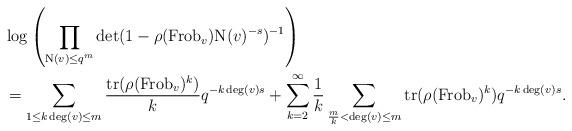
LaTeX: \begin{align*}&\log \left(\prod_{\mathrm{N}(v) \leq q^{m}} \det(1-\rho(\mathrm{Frob}_{v}) \mathrm{N}(v)^{-s})^{-1} \right)\\& = \sum_{1 \leq k \deg(v) \leq m} \frac{\mathrm{tr}(\rho(\mathrm{Frob}_{v})^{k})}{k} q^{-k \deg(v) s} + \sum_{k = 2}^{\infty} \frac{1}{k} \sum_{\frac{m}{k} < \deg(v) \leq m} \mathrm{tr}(\rho(\mathrm{Frob}_{v})^{k}) q^{-k \deg(v) s}.\end{align*}